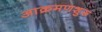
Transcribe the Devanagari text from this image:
आक्रमणशुरू